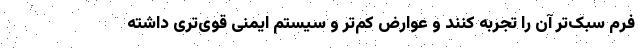
فرم سبک‌تر آن را تجربه کنند و عوارض کم‌تر و سیستم ایمنی قوی‌تری داشته